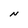
Character: N